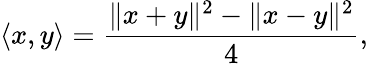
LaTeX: \langle x,y\rangle={\frac{\| x+y\| ^{2}-\| x-y\| ^{2}}{4}},